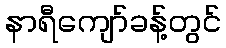
နာရီကျော်ခန့်တွင်